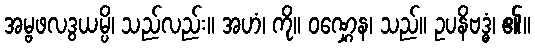
အမ္ဗဖလဒွယမ္ပိ၊ သည်လည်း။ အဟံ၊ ကို။ ဝဏ္ဋေန၊ သည်။ ဥပနိဗဒ္ဓံ၊ ၏။